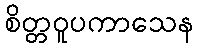
စိတ္တဝူပကာသေန